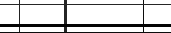
٨٨